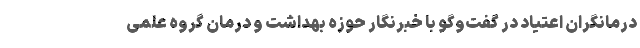
درمانگران اعتیاد در گفت‌وگو با خبرنگار حوزه بهداشت و درمان گروه علمی